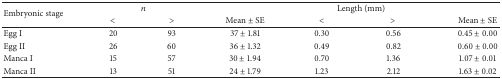
<table><thead><tr><td rowspan="2"><b>Embryonic stage</b></td><td colspan="2"><b><i>n</i></b></td><td><b> </b></td><td colspan="2"><b>Length (mm)</b></td><td><b> </b></td></tr><tr><td><b>&lt; </b></td><td><b>&gt;</b></td><td><b>Mean ± SE</b></td><td><b>&lt; </b></td><td><b>&gt;</b></td><td><b>Mean ± SE</b></td></tr></thead><tbody><tr><td>Egg I</td><td>20</td><td>93</td><td>37 ± 1.81</td><td>0.30</td><td>0.56</td><td>0.45 ± 0.00</td></tr><tr><td>Egg II</td><td>26</td><td>60</td><td>36 ± 1.32</td><td>0.49</td><td>0.82</td><td>0.60 ± 0.00</td></tr><tr><td>Manca I</td><td>15</td><td>57</td><td>30 ± 1.94</td><td>0.70</td><td>1.36</td><td>1.07 ± 0.01</td></tr><tr><td>Manca II</td><td>13</td><td>51</td><td>24 ± 1.79</td><td>1.23</td><td>2.12</td><td>1.63 ± 0.02</td></tr></tbody></table>